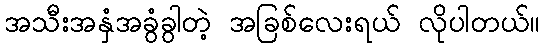
အသီးအနှံအခွံခွါတဲ့ အခြစ်လေးရယ် လိုပါတယ်။